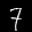
Label: 7